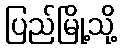
ပြည်မြို့သို့